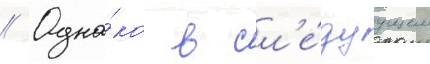
// Одна́ко в сл'е́дуущем